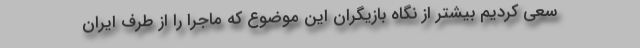
سعی کردیم بیشتر از نگاه بازیگران این موضوع که ماجرا را از طرف ایران